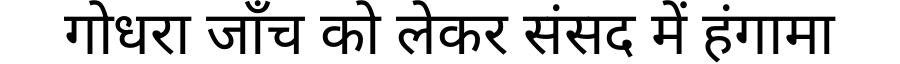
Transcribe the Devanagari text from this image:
गोधरा जाँच को लेकर संसद में हंगामा